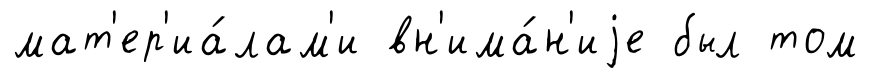
мат'ер'иа́лам'и вн'има́н'иjе был том